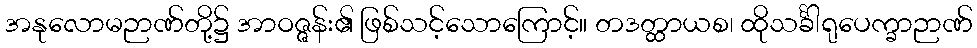
အနုလောမဉာဏ်တို့၌ အာဝဇ္ဇန်း၏ ဖြစ်သင့်သောကြောင့်။ တဒတ္ထာယစ၊ ထိုသင်္ခါရုပေက္ခာဉာဏ်